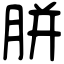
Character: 胼